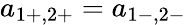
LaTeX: a_{1+,2+}=a_{1-,2-}